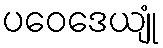
ပဝေဒေယျုံ